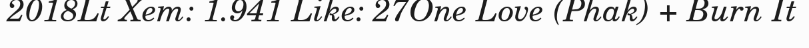
2018Lt Xem: 1.941 Like: 27One Love (Phak) + Burn It